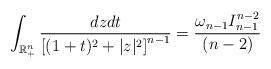
LaTeX: \begin{align*}\int_{\mathbb{R}_{+}^{n}}\frac{dzdt}{\left[(1+t)^{2}+|z|^{2}\right]^{n-1}}=\frac{\omega_{n-1}I_{n-1}^{n-2}}{(n-2)}\end{align*}